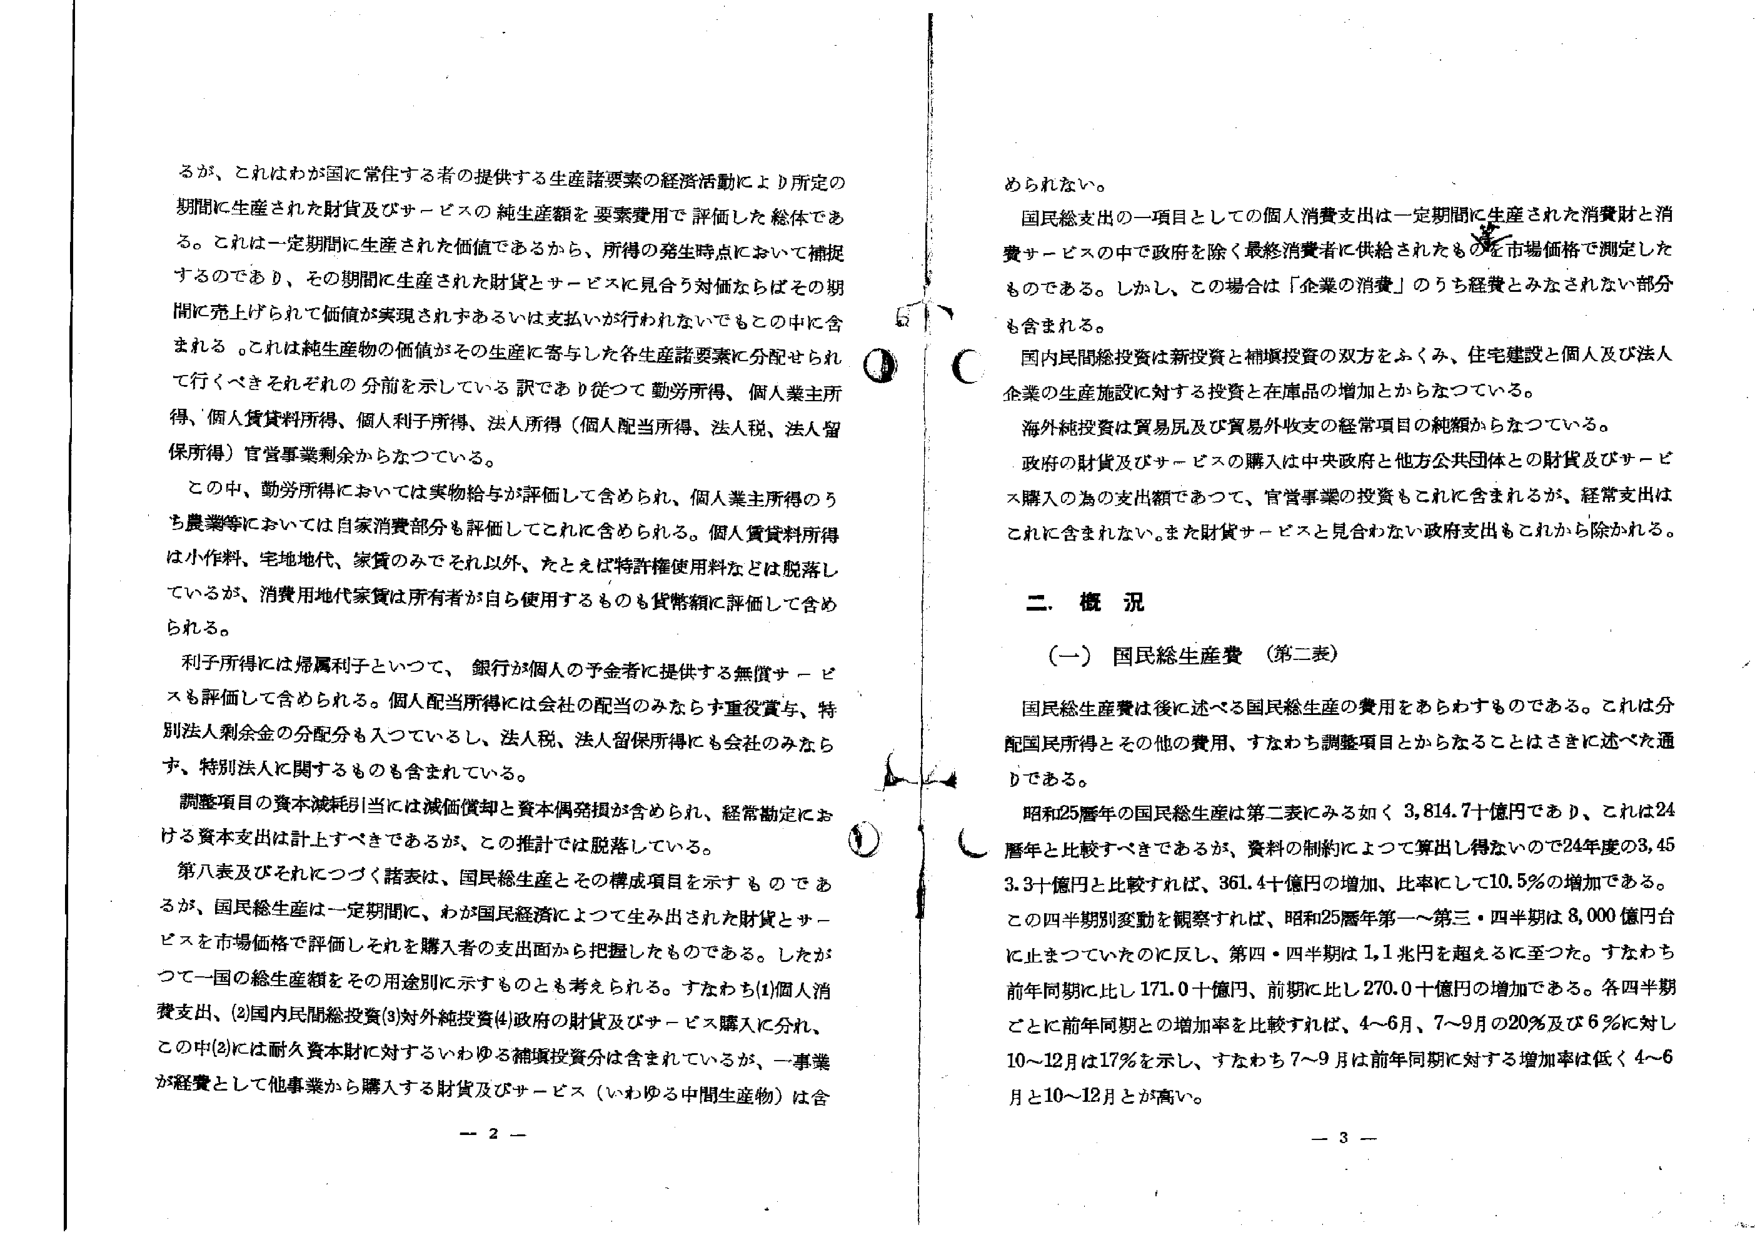
るが、これはわが国に常住する者の提供する生産諸要素の経済活動により所定の期間に生産された財貨及びサービスの純生産額を要素費用で評価した総体である。これは一定期間に生産された価値であるから、所得の発生時点において捕捉するのであり、その期間に生産された財貨とサービスに見合う対価ならばその期間に売上げられて価値が実現されずあるいは支払いが行われないでもその中に含まれる。これは純生産物の価値がその生産に寄与した各生産諸要素に分配せられて行くべきそれぞれの分前を示している訳であり従って勤労所得、個人業主所得、個人賃貸料所得、個人利子所得、法人所得（個人配当所得、法人税、法人留保所得）官営事業剰余からなっている。

この中、勤労所得においては実物給与が評価して含められ、個人業主所得のうち農業等においては自家消費部分も評価してこれに含められる。個人賃貸料所得は小作料、宅地地代、家賃のみでそれ以外、たとえば特許権使用料などは脱落しているが、消費用地代家賃は所有者が自ら使用するものも貨幣額に評価して含められる。

利子所得には帰属利子といって、銀行が個人の予金者に提供する無償サービスも評価して含められる。個人配当所得には会社の配当のみならず重役賞与、特別法人剰余金の分配分も入っているし、法人税、法人留保所得にも会社のみならず、特別法人に関するものも含まれている。

調整項目の資本減耗引当には減価償却と資本偶発損が含められ、経常勘定における資本支出は計上すべきであるが、この推計では脱落している。

第八表及びそれにつづく諸表は、国民総生産とその構成項目を示すものであるが、国民総生産は一定期間に、わが国民経済によって生み出された財貨とサービスを市場価格で評価しそれを購入者の支出面から把握したものである。したがって一国の総生産額をその用途別に示すものとも考えられる。すなわち(1)個人消費支出、(2)国内民間総投資(3)対外純投資(4)政府の財貨及びサービス購入に分れ、この中(2)には耐久資本財に対するいわゆる補填投資分は含まれているが、一事業が経費として他事業から購入する財貨及びサービス（いわゆる中間生産物）は含

められない。

国民総支出の一項目としての個人消費支出は一定期間に生産された消費財と消費サービスの中で政府を除く最終消費者に供給されたものを市場価格で測定したものである。しかし、この場合は「企業の消費」のうち経費とみなされない部分も含まれる。

国内民間総投資は新投資と補填投資の双方をあくみ、住宅建設と個人及び法人企業の生産施設に対する投資と在庫品の増加とからなっている。

海外純投資は貿易品及び貿易外収支の経常項目の純額からなっている。

政府の財貨及びサービスの購入は中央政府と他方公共団体との財貨及びサービス購入の為の支出額であって、官営事業の投資もこれに含まれるが、経常支出はこれに含まれない。また財貨サービスと見合わない政府支出もこれから除かれる。

二．概況

（一）国民総生産費（第二表）

国民総生産費は後に述べる国民総生産の費用をあらわすものである。これは分配国民所得とその他の費用、すなわち調整項目とからなることはさきに述べた通りである。

昭和25暦年の国民総生産は第二表にみる如く 3,814.7十億円であり、これは24暦年と比較すべきであるが、資料の制約によって算出し得ないので24年度の3,453.3十億円と比較すれば、361.4十億円の増加、比率にして10.5％の増加である。この四半期別変動を観察すれば、昭和25暦年第一～第三・四半期は8,000億円台に止まっていたのに反し、第四・四半期は1.1兆円を超えるに至った。すなわち前年同期に比し171.0十億円、前期に比し270.0十億円の増加である。各四半期ごとに前年同期との増加率を比較すれば、4～6月、7～9月の20％及び6％に対し10～12月は17％を示し、すなわち7～9月は前年同期に対する増加率は低く4～6月と10～12月とが高い。

－ 2 －

－ 3 －